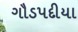
ગૌડપદીયા